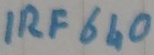
Text: IRF640